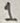
Text: 1